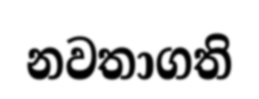
නවතාගති